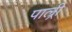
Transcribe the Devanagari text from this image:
पाल्र्री